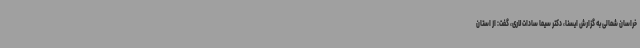
خراسان شمالی به گزارش ایسنا، دکتر سیما سادات لاری، گفت: از استان